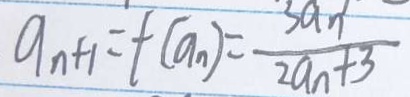
a _ { n + 1 } = t ( a _ { n } ) = \frac { 3 a _ { n } ^ { 1 } } { 2 a _ { n } + 3 }